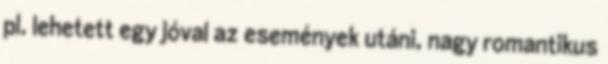
pl. lehetett egy jóval az események utáni, nagy romantikus